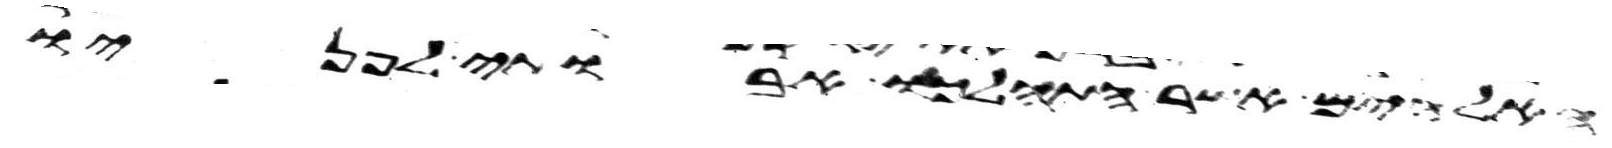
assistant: האלהים אשר התהלכו אבותי לפניו